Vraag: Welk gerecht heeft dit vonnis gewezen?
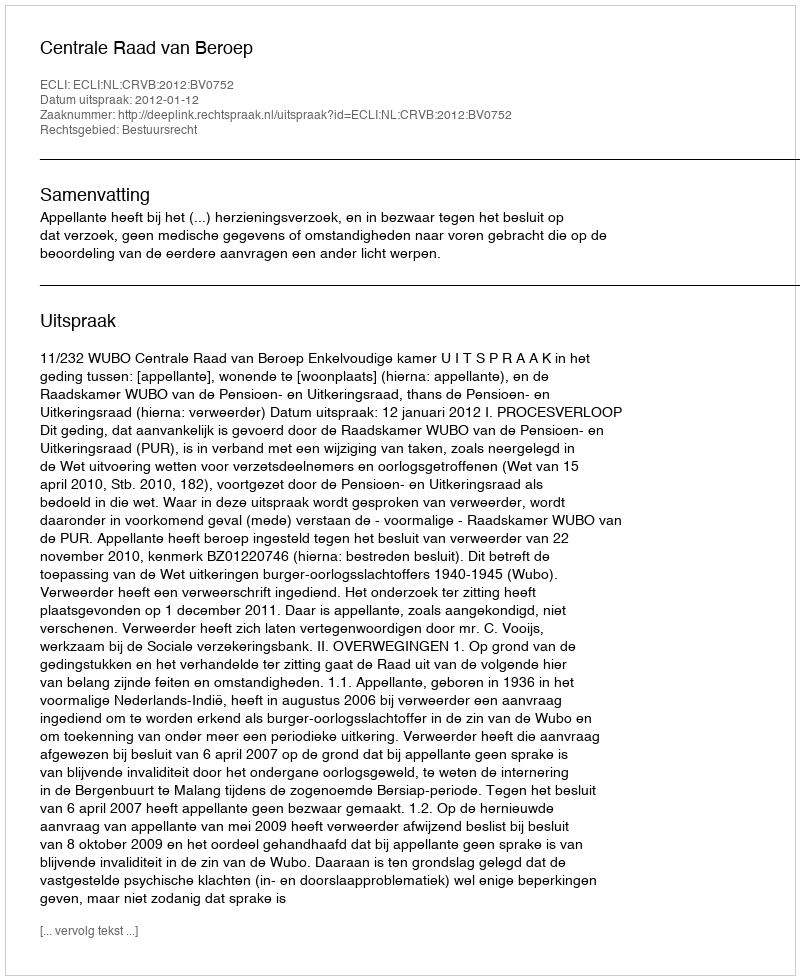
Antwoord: Centrale Raad van Beroep